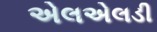
એલએલડી